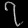
Digit: ၇